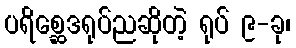
ပရိစ္ဆေဒရုပ်ညဆိုတဲ့ ရုပ် ၉-ခု၊